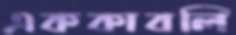
এককাবলি